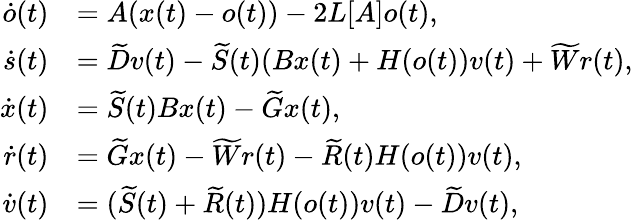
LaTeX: \begin{array}{rl}{\dot{o}(t)}&{=A(x(t)-o(t))-2L[A]o(t),}\\ {\dot{s}(t)}&{=\widetilde Dv(t)-\widetilde{S}(t)(Bx(t)+H(o(t))v(t)+\widetilde Wr(t),}\\ {\dot{x}(t)}&{=\widetilde{S}(t)Bx(t)-\widetilde Gx(t),}\\ {\dot{r}(t)}&{=\widetilde Gx(t)-\widetilde Wr(t)-\widetilde{R}(t)H(o(t))v(t),}\\ {\dot{v}(t)}&{=(\widetilde{S}(t)+\widetilde{R}(t))H(o(t))v(t)-\widetilde Dv(t),}\end{array}